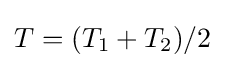
T=(T_{1}+T_{2})/2